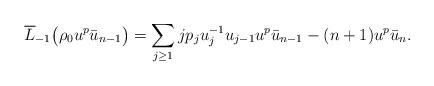
LaTeX: \begin{gather*}\overline{L}_{-1}\big(\rho_0u^p\bar{u}_{n-1}\big)=\sum\limits_{j\ge1}jp_ju_j^{-1}u_{j-1}u^p\bar{u}_{n-1}-(n+1)u^p\bar{u}_n.\end{gather*}